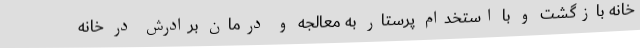
خانه بازگشت و با استخدام پرستار به معالجه و درمان برادرش در خانه